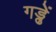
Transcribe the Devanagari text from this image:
गड्ढें